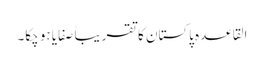
القاعدہ پاکستان کا تقریباً صفایا ہو چکا۔